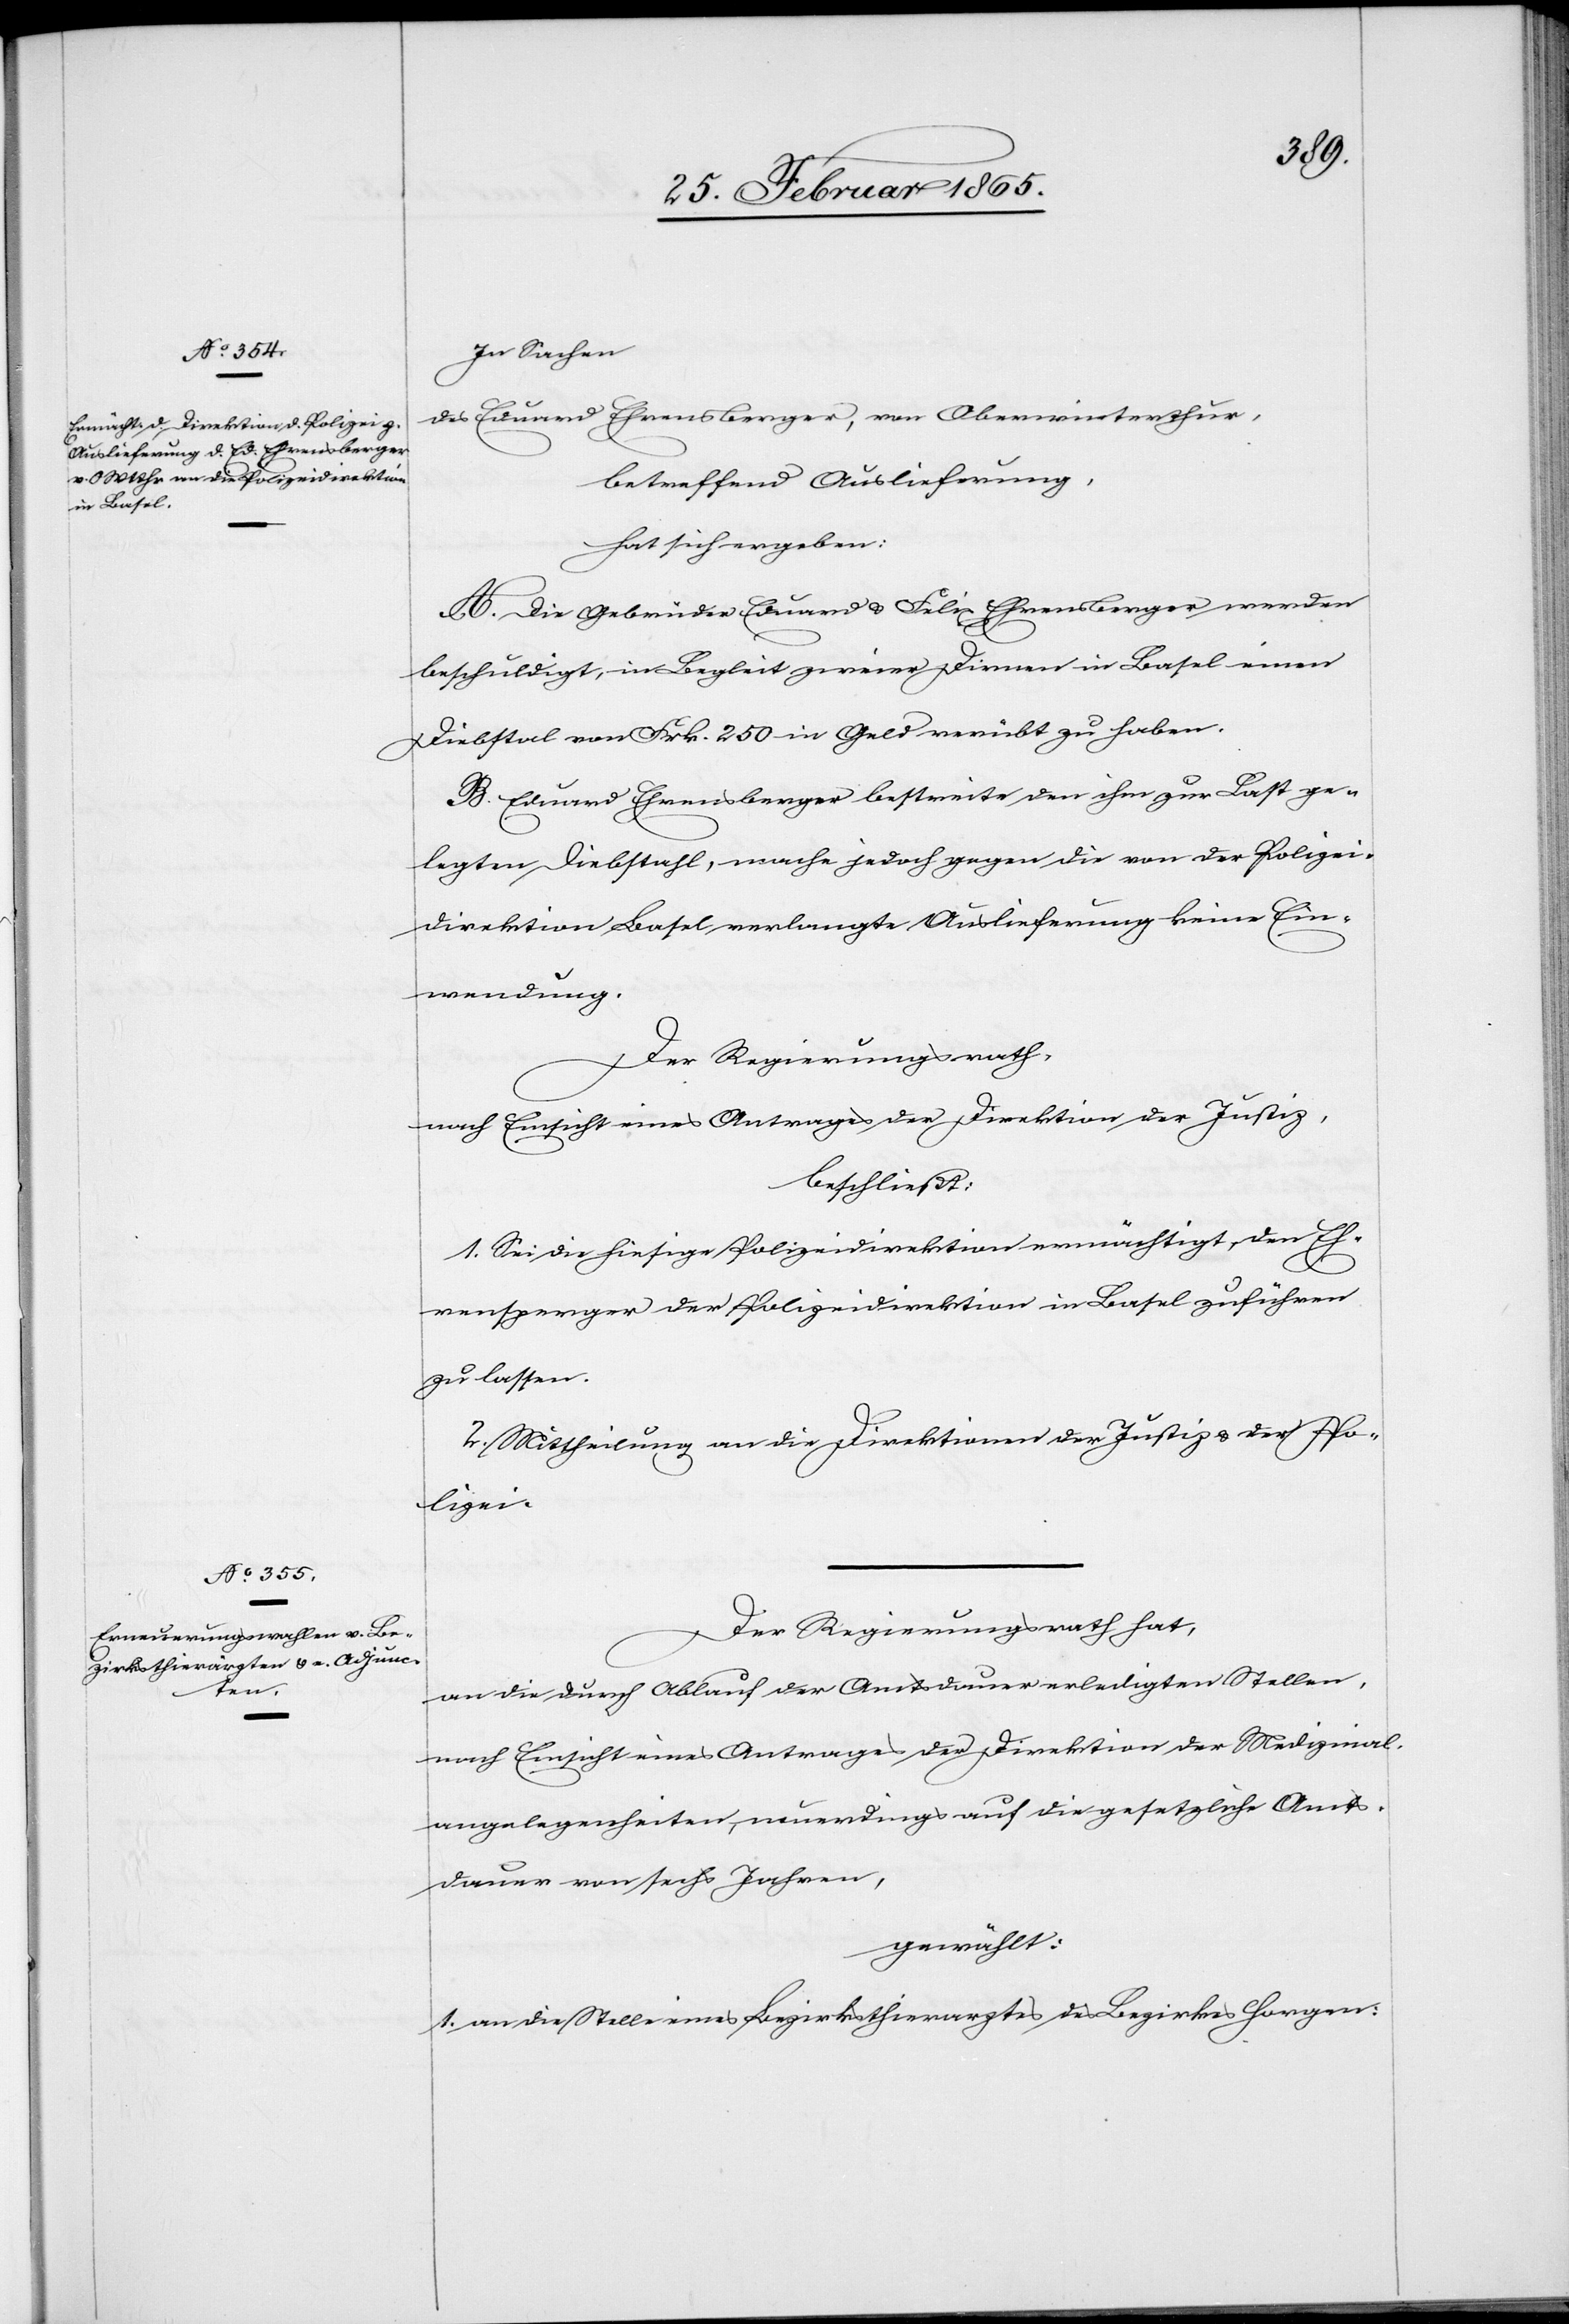
In Sachen
des Eduard Ehrensberger, von Oberwinterthur,
betreffend Auslieferung,
hat sich ergeben:
A. Die Gebrüder Eduard u. Felix Ehrensberger werden
beschuldigt, in Begleit zweier Dirnen in Basel einen
Diebstal von Frk. 250 in Geld verübt zu haben.
B. Eduard Ehrensberger bestreite den ihm zur Last ge¬
legten Diebstahl, mache jedoch gegen die von der Polizei¬
direktion Basel verlangte Auslieferung keine Ein¬
wendung.
Der Regierungsrath,
nach Einsicht eines Antrages der Direktion der Justiz,
beschließt:
1. Sei die hiesige Polizeidirektion ermächtigt, den Eh¬
rensperger [sic!] der Polizeidirektion in Basel zuführen
zu lassen.
2. Mittheilung an die Direktion der Justiz u. der Po¬
lizei.
Der Regierungsrath hat,
an die durch Ablauf der Amtsdauer erledigten Stellen,
nach Einsicht eines Antrages der Direktion der Medizinal¬
angelegenheiten, neuerdings auf die gesetzliche Amts¬
dauer von sechs Jahren,
gewählt:
1. an die Stelle eines Bezirksthierarztes des Bezirkes Horgen: